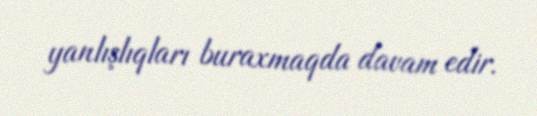
yanlışlıqları buraxmaqda davam edir.